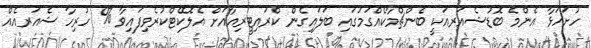
ހުށަހަޅާ އެންމެ ބޮޑުޝެއަރއަކީ ބެންޗްމާކެއްގަމުގައި ބަލައިގެން ކްރައިޓީރިއާއަށް އެލޮކޭޓްކުރެވިފައިވާ % ހުރިހާ ޝެއަރއެއް